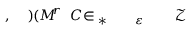
\! \! \! \! \! \! \! \! \! \! \! \ensuremath { \mathcal { Z } } \! \! \! \! \! \! \! \! \! \! \! \! _ { \! \! \! \! \! \! \! \! \! \! \! \! \varepsilon \! \! \! \! \! \! \! \! \! \! \! \! ^ { \! } \! \! \! \! \! \! \! \! \! \! \! * } \! \! \! \! \! \! \! \! \! \! \! \! \in \! \! \! \! \! \! \! \! \! \! \! \! C \! \! \! \! \! \! \! \! \! \! \! \! ^ { r } \! \! \! \! \! \! \! \! \! \! \! \! ( M \! \! \! \! \! \! \! \! \! \! \! \! ) \! \! \! \! \! \! \! \! \! \! \! \! , \! \! \! \! \! \! \! \! \! \! \!